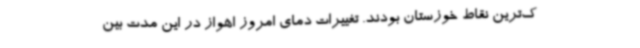
ک‌ترین نقاط خوزستان بودند. تغییرات دمای امروز اهواز در این مدت بین